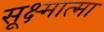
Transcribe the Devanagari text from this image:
सूक्ष्मात्मा